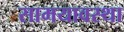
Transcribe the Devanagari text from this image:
सामयावस्था